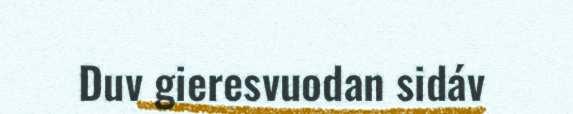
Duv gieresvuodan sidáv